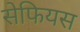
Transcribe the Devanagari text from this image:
सेफियस